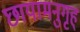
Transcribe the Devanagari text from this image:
छायामनुगृह्